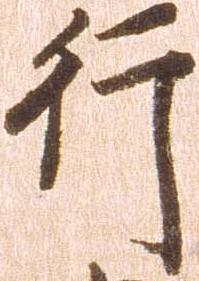
行